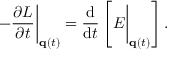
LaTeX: - { \frac { \partial L } { \partial t } } { \biggl | } _ { \mathbf { q } ( t ) } = { \frac { \mathrm { d } } { \mathrm { d } t } } \left[ E { \biggl | } _ { \mathbf { q } ( t ) } \right] .